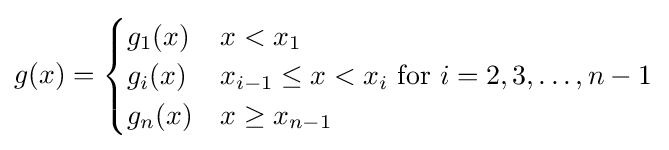
g(x)={\begin{cases}g_{1}(x)&x<x_{1}\\g_{i}(x)&x_{i-1}\leq x<x_{i}{\text{ for }}i=2,3,\ldots ,n-1\\g_{n}(x)&x\geq x_{n-1}\end{cases}}